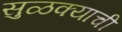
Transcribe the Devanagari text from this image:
सुळक्याची